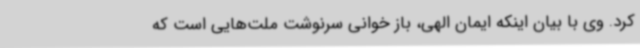
کرد. وی با بیان اینکه ایمان الهی، باز خوانی سرنوشت ملت‌هایی است که